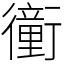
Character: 𧘂